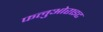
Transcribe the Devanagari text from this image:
फलुओराइट